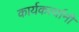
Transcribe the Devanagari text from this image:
कार्यकर्त्‍यानी